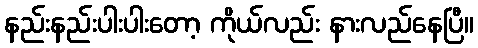
နည်းနည်းပါးပါးတော့ ကိုယ်လည်း နားလည်နေပြီ။